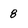
Character: 8